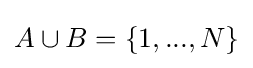
A\cup B=\{1,...,N\}